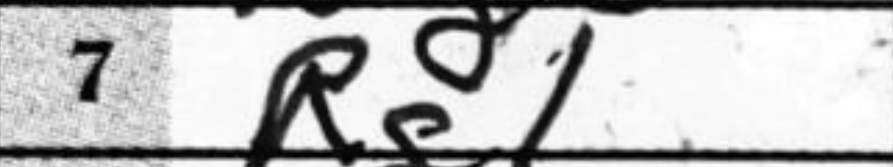
Transcription: Rg1